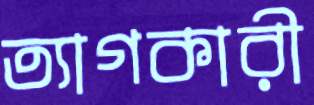
ত্যাগকারী